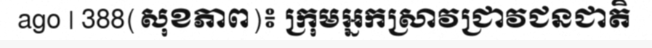
ago | 388(សុខភាព)៖ ក្រុមអ្នកស្រាវជ្រាវជនជាតិ